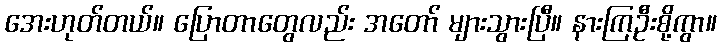
အေးဟုတ်တယ်။ ပြောတာတွေလည်း အတော် များသွားပြီ။ နားကြဦးစို့ကွာ။